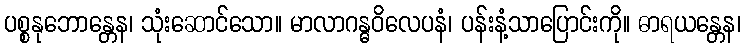
ပစ္စနုဘောန္တေန၊ သုံးဆောင်သော။ မာလာဂန္ဓဝိလေပနံ၊ ပန်းနံ့သာပြောင်းကို။ ဓာရယန္တေန၊